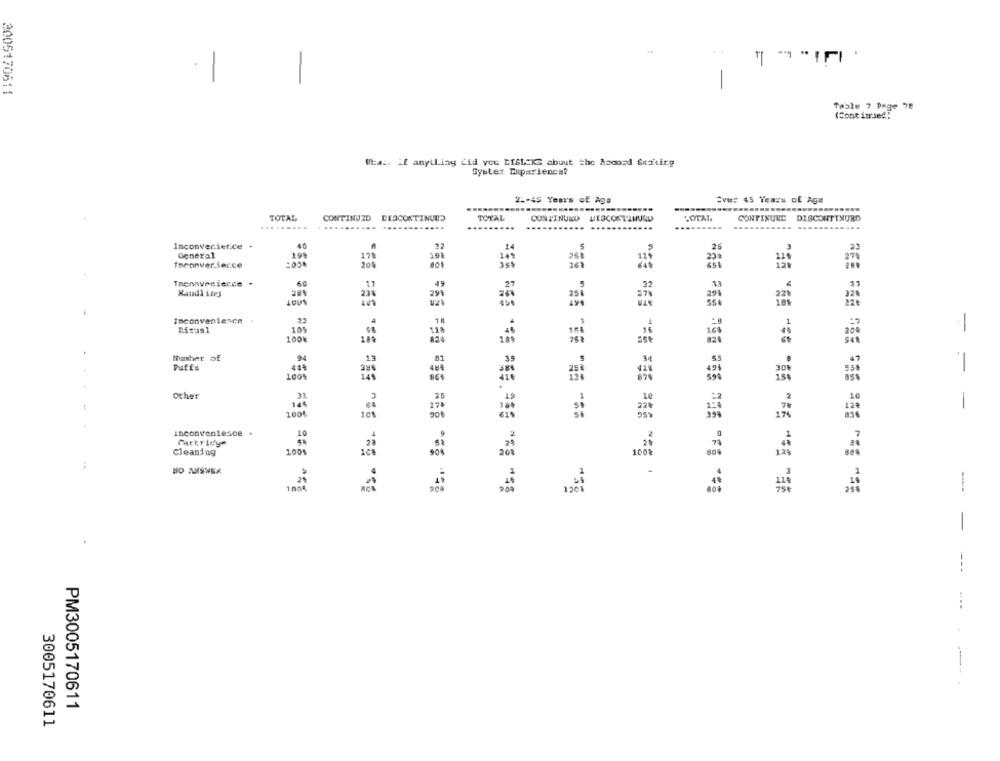
..
" " "IFI '
-
-
3005170611
-
Table 7 Page 78
(Cont imsed:
WEaz. if anything Cid yoe BIBLEKG about the Accord Seskirg
Syster Experience?
25-45 Years of Age
Ove: 45 Years of Age
TOTAL
CONTINUID DESCONTINUOD
TOTAL
CONTINUED DISCONTINUED
TOTAL.
CONTINUED DISCONTINUED
Inconvenietce .
General
Theonver.Serce
Tmennvenierce .
60
200
MOOT
Inconvenience
25
Risuus1
105
-
100%
Puffs
100%
other
-
Inconvenience
Cartridge
10
Cleaning
1001
NO ANSWER
-
PM3005170611
3005170611